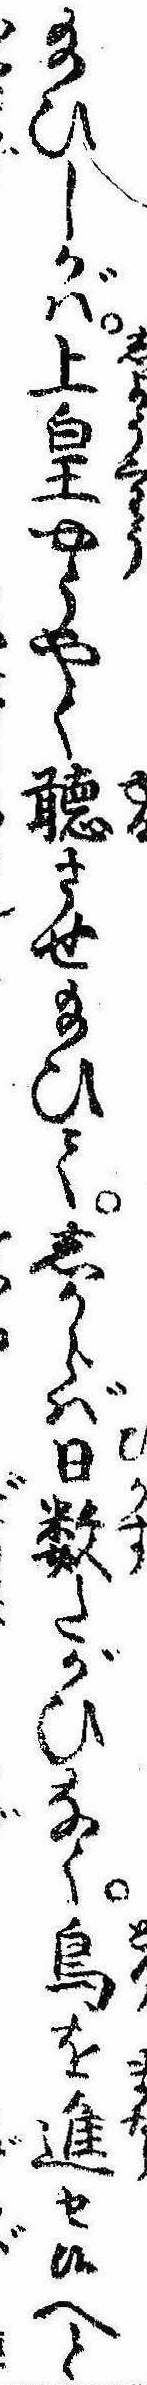
給ひしかば上皇やうやく聴させ給ひてしからば日数たがひなく鳥を進せ候へと